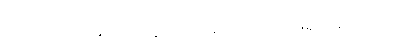
လက်ဆောင်တော်တွေကို သိမ်းထားလို့ ဖြေရှင်းခဲ့ရပါတယ်။